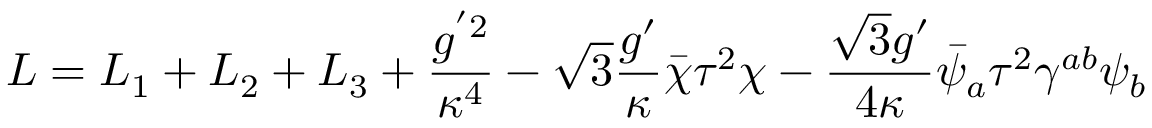
{ \cal L } = { \cal L } _ { 1 } + { \cal L } _ { 2 } + { \cal L } _ { 3 } + \frac { g ^ { ' 2 } } { \kappa ^ { 4 } } - \sqrt { 3 } \frac { g ^ { \prime } } { \kappa } \bar { \chi } \tau ^ { 2 } \chi - \frac { \sqrt { 3 } g ^ { \prime } } { 4 \kappa } \bar { \psi } _ { a } \tau ^ { 2 } \gamma ^ { a b } \psi _ { b }